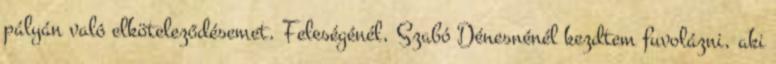
pályán való elköteleződésemet. Feleségénél, Szabó Dénesnénél kezdtem fuvolázni, aki